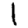
Digit: 1